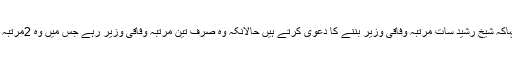
میڈیا سے گفتگو کرتے ہوئے چوہدری نثار نے کہاکہ شیخ رشید سات مرتبہ وفاقی وزیر بننے کا دعویٰ کرتے ہیں حالانکہ وہ صرف تین مرتبہ وفاقی وزیر رہے جس میں وہ 2مرتبہ نوازشریف اور ایک مرتبہ مشرف دور میں تھے ۔